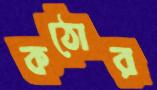
কঠোর